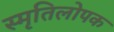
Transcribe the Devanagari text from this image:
स्मृतिलोपक